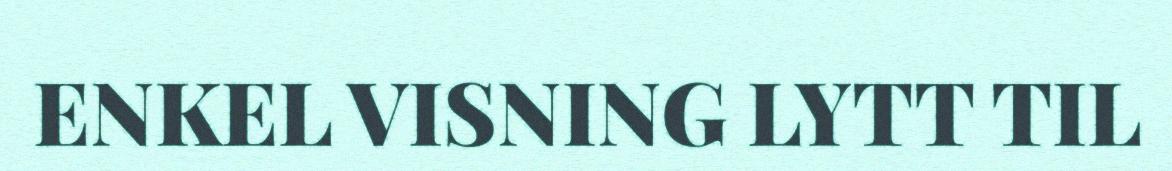
ENKEL VISNING LYTT TIL